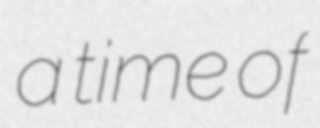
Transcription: a time of